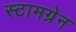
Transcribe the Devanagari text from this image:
स्टामग्रेन